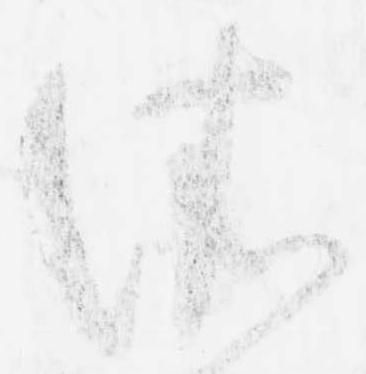
依